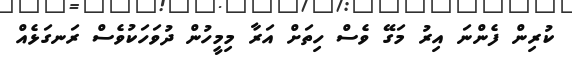
ކުރިން ފެންނަ އިރު މަގޭ ވެސް ހިތަށް އަރާ މިމީހުން ދުވަހަކުވެސް ރަނގަޅެއް